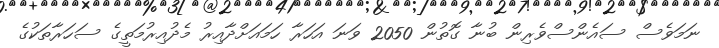
ނަމަވެސް ސައެންސްވެރިން ބުނާ ގޮތުން 2050 ވަނަ އަހަރާ ހަމައަށްދާއިރު މެދުއިރުމަތީގެ ސަހަރާތަކުގެ